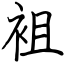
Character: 袓